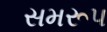
સમરૂપ